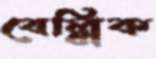
বেল্লিক